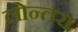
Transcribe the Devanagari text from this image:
लोन्तरा